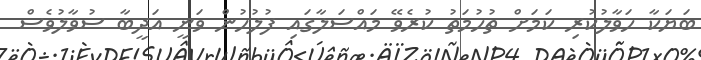
ބަޔަކާ ހަވާލުކުރި ކަމަށް ތުުހުމަތު ކުރެވޭ މައްސަލާގައި ފުލުހުން ވަނީ އަދީބާ ސުވާލުވެސް